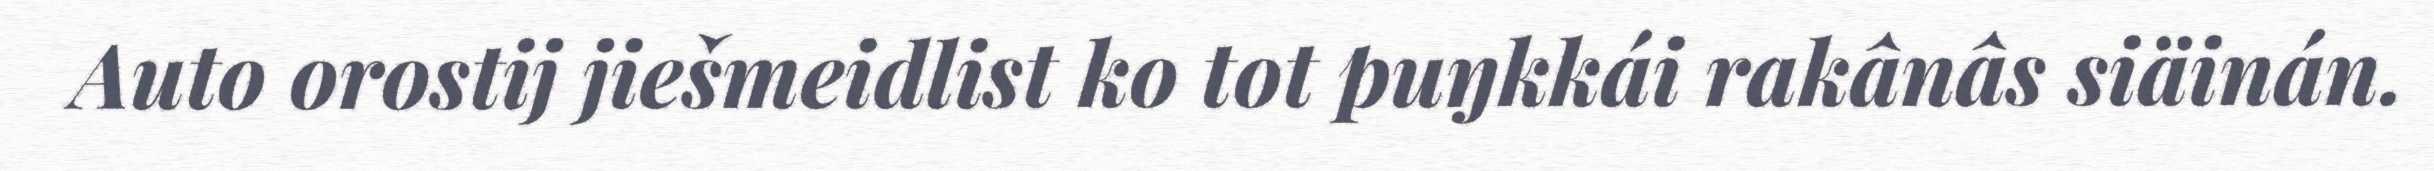
Auto orostij jiešmeidlist ko tot puŋkkái rakânâs siäinán.